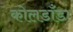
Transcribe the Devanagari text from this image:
कोलडाँडा